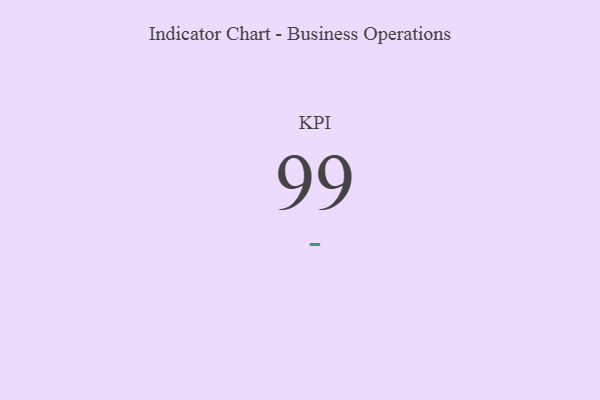
{"axis": {"x": "KPI", "y": "Value"}, "legend": [""], "data": [{"x": "KPI", "y": 99, "type": ""}]}